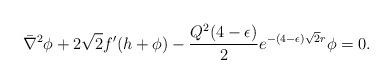
LaTeX: \begin{align*}\bar \nabla^2 \phi + 2 \sqrt 2 f' ( h + \phi)- {Q^2(4- \epsilon) \over 2} e^{ -(4-\epsilon) \sqrt 2 r}\phi = 0.\end{align*}